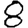
Digit: 8